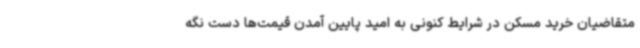
متقاضیان خرید مسکن در شرایط کنونی به امید پایین آمدن قیمت‌ها دست نگه